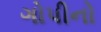
ગોપીનો